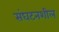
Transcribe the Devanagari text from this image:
संघटनशील